Vaccination report Assam 1896-1927 - 1896-1927
Year: 1896
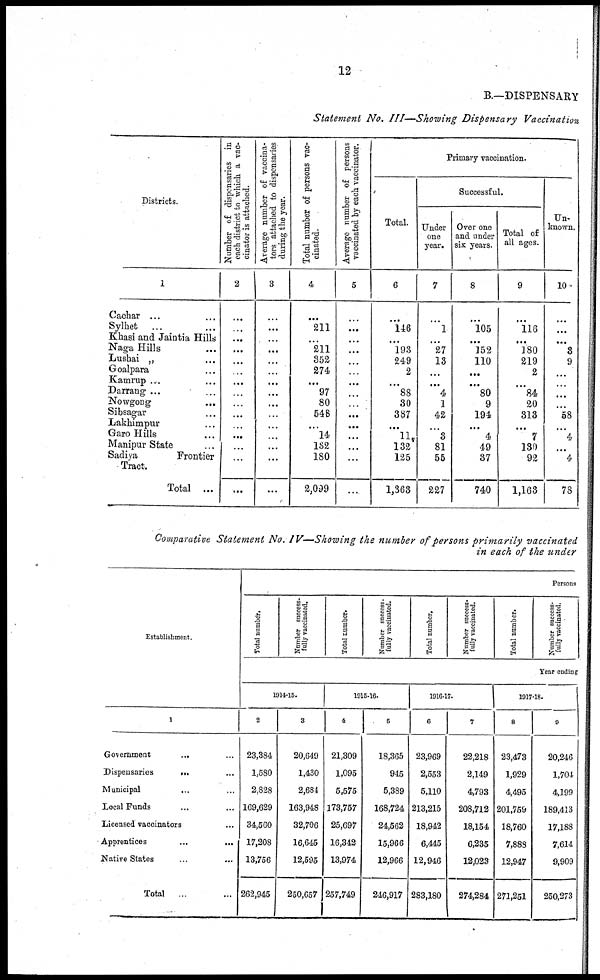
12
B.—DISPENSARY
Statement No. III—Showing Dispensary Vaccination
Districts.
1
Cachar... ...
Sylhet
... ...
Khasi and Jaintia Hills
Naga Hills... ...
Lushai „ ...
Goalpara... ...
Kamrup ...
Darrang ... ...
Nowgong... ...
Sibsagar... ...
Lakhimpur... ...
Garo Hills... ...
Manipur State... ...
Sadiya
Frontier
Tract.
Total ...
Number of dispensaries in
each district to which a vac-
cinator is attached.
2
...
...
...
...
...
...
...
...
...
...
...
...
...
...
...
Average number of vaccina-
tors attached to dispensaries
during the year.
3
...
...
...
...
...
...
...
...
...
...
...
...
...
...
...
Total number of persons vac-
cinated.
4
...
211
...
211
352
274
...
97
80
548
...
14
182
180
2,099
Average number of persons
vaccinated by each vaccinator.
5
...
...
...
...
...
...
...
...
...
...
...
...
...
...
...
Primary vaccination.
Total.
6
...
146
...
193
249
2
...
88
30
387
...
11
132
125
1,363
Successful.
Under
one
year.
7
...
1
...
27
13
...
...
4
1
42
...
3
81
55
227
Over one
and under
six years.
8
...
105
...
152
110
...
...
80
9
194
...
4
49
37
740
Total of
all ages.
9
...
116
...
180
219
2
...
84
20
313
...
7
130
92
1,163
Un-
known.
10
...
...
...
3
9
...
...
...
...
58
...
4
...
4
78
Comparative Statement No. IV—Showing the number of persons primarily vaccinated
in each of the under
Establishment.
1
Government... ...
Dispensaries...
...
Municipal... ...
Local Funds... ...
Licensed vaccinators... ...
Apprentices...
...
Native States... ...
Total ...
Persons
Total number.
Number success-
fully vaccinated.
Total number.
Number success-
fully vaccinated.
Total number.
Number success-
fully vaccinated.
Total number.
Number success-
fully vaccinated,
Year ending
1914-15.
2
23,384
1,580
2,828
169,629
34,560
17,208
13,756
262,945
3
20,649
1,430
2,684
163,948
32,706
16,645
12,595
250,657
1915-16.
4
21,309
1,095
5,575
173,757
25,697
16,342
13,974
257,749
5
18,365
945
5,389
168,724
24,562
15,966
12,966
246,917
1916-17.
6
23,969
2,553
5,110
213,215
18,942
6,445
12,946
283,180
7
22,218
2,149
4,793
208,712
18,154
6,235
12,023
274,284
1917-18.
8
23,473
1,929
4,495
201,759
18,760
7,888
12,947
271,251
9
20,246
1,704
4,199
189,413
17,188
7,614
9,909
250,273